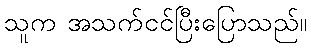
သူက အသက်ငင်ပြီးပြောသည်။